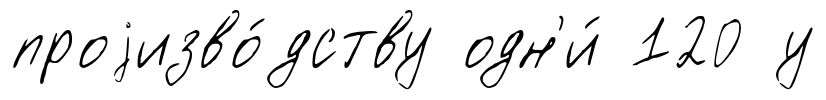
проjизво́дству одн'и́ 120 у